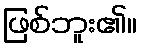
ဖြစ်ဘူး၏။